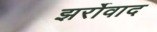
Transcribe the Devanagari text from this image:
झर्रोवाद